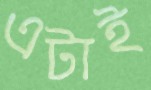
এটাই